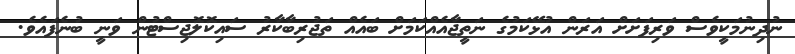
ނުދިނުމަކީވެސް ވަރިފަށަށް އަރަން އުޅޭކަމުގެ ނަތީޖާއެއްކަމަށް ބައެއް ތަޖުރިބާކާރު ސައިކޮލޮޖިސްޓުން ވަނީ ބުނެފައެވެ.